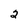
Character: 2